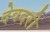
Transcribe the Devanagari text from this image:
देवदरी